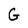
Character: G